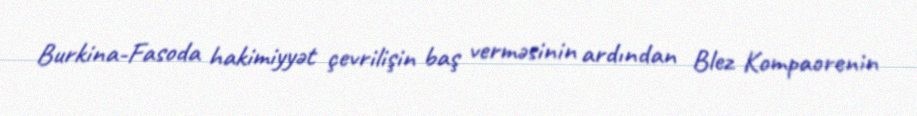
Burkina-Fasoda hakimiyyət çevrilişin baş verməsinin ardından Blez Kompaorenin